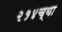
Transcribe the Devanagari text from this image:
२१४च्या